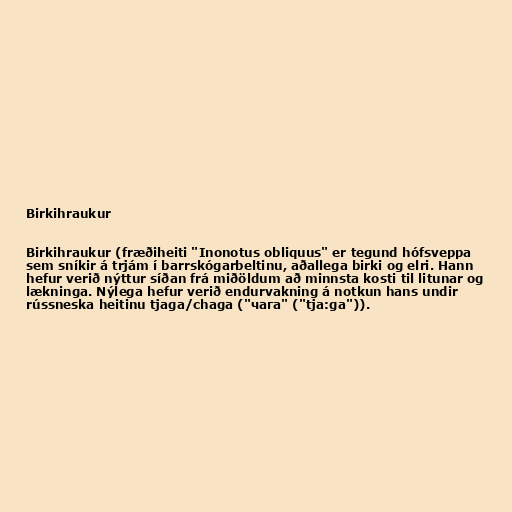
Birkihraukur

Birkihraukur (fræðiheiti "Inonotus obliquus" er tegund hófsveppa
sem sníkir á trjám í barrskógarbeltinu, aðallega birki og elri. Hann
hefur verið nýttur síðan frá miðöldum að minnsta kosti til litunar og
lækninga. Nýlega hefur verið endurvakning á notkun hans undir
rússneska heitinu tjaga/chaga ("чага" ("tja:ga")).